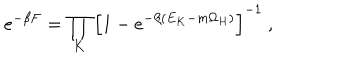
e ^ { - \beta F } = \prod _ { K } \left[ 1 - e ^ { - \beta ( E _ { K } - m \Omega _ { H } ) } \right] ^ { - 1 } ~ ,